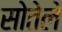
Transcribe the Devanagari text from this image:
सोतेले